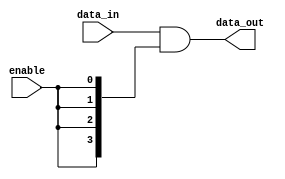
module ctrl_transfer#(parameter WIDTH = 4)
                     (input enable,
                      input [WIDTH - 1:0]data_in,
                      output [WIDTH - 1:0]data_out);
    assign data_out = data_in & {WIDTH{enable}};
endmodule